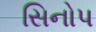
સિનોપ